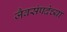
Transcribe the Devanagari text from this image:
जैवसंपदेच्या